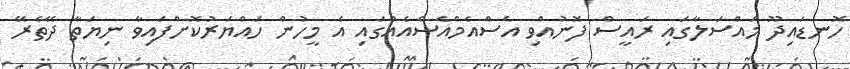
ހޮނޑައިދޫ މައްސަލާގައި ރައީސް ފޮނުއްވި އެސްއެމްއެސްއެއްގައި އެ މީހުން ހައްޔަރުކޮށްފައިވާ ނިޔަތާ ދޭތެރޭ